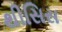
થીસિસ